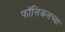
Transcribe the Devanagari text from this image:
फॉलिकलच्या